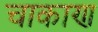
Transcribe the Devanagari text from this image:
चाकाण